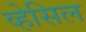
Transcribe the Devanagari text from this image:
व्हेसिल